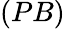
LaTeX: (PB)